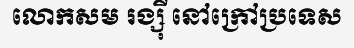
លោកសម រង្ស៊ី នៅក្រៅប្រទេស